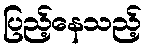
ပြည့်နေသည့်